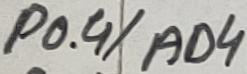
Text: P0.4/AD4